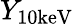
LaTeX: Y_{\mathrm{10keV}}